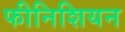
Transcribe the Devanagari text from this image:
फीनिशियन